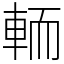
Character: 輀